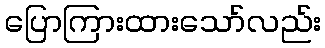
ပြောကြားထားသော်လည်း